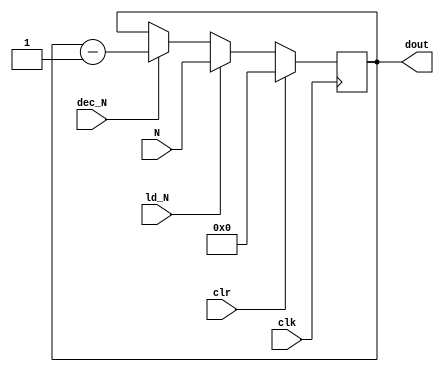
`timescale 1ns / 1ps
//////////////////////////////////////////////////////////////////////////////////
// Company: 
// Engineer: 
// 
// Design Name: 
// Module Name:    counter 
// Project Name: 
// Target Devices: 
// Tool versions: 
// Description: 
//
// Dependencies: 
//
// Revision: 
// Revision 0.01 - File Created
// Additional Comments: 
//
//////////////////////////////////////////////////////////////////////////////////
module counter (dout, N, ld_N, dec_N, clk, clr); 
 input [15:0] N; 
 input ld_N, dec_N, clk, clr; 
 output reg [15:0] dout; 
 always @(posedge clk) 
   begin
	 if (clr) 
		 dout <= 1'b0; 
	 else if (ld_N) 
		 dout <= N; 
	 else if (dec_N) 
		 dout <= dout - 1; 
	end
endmodule